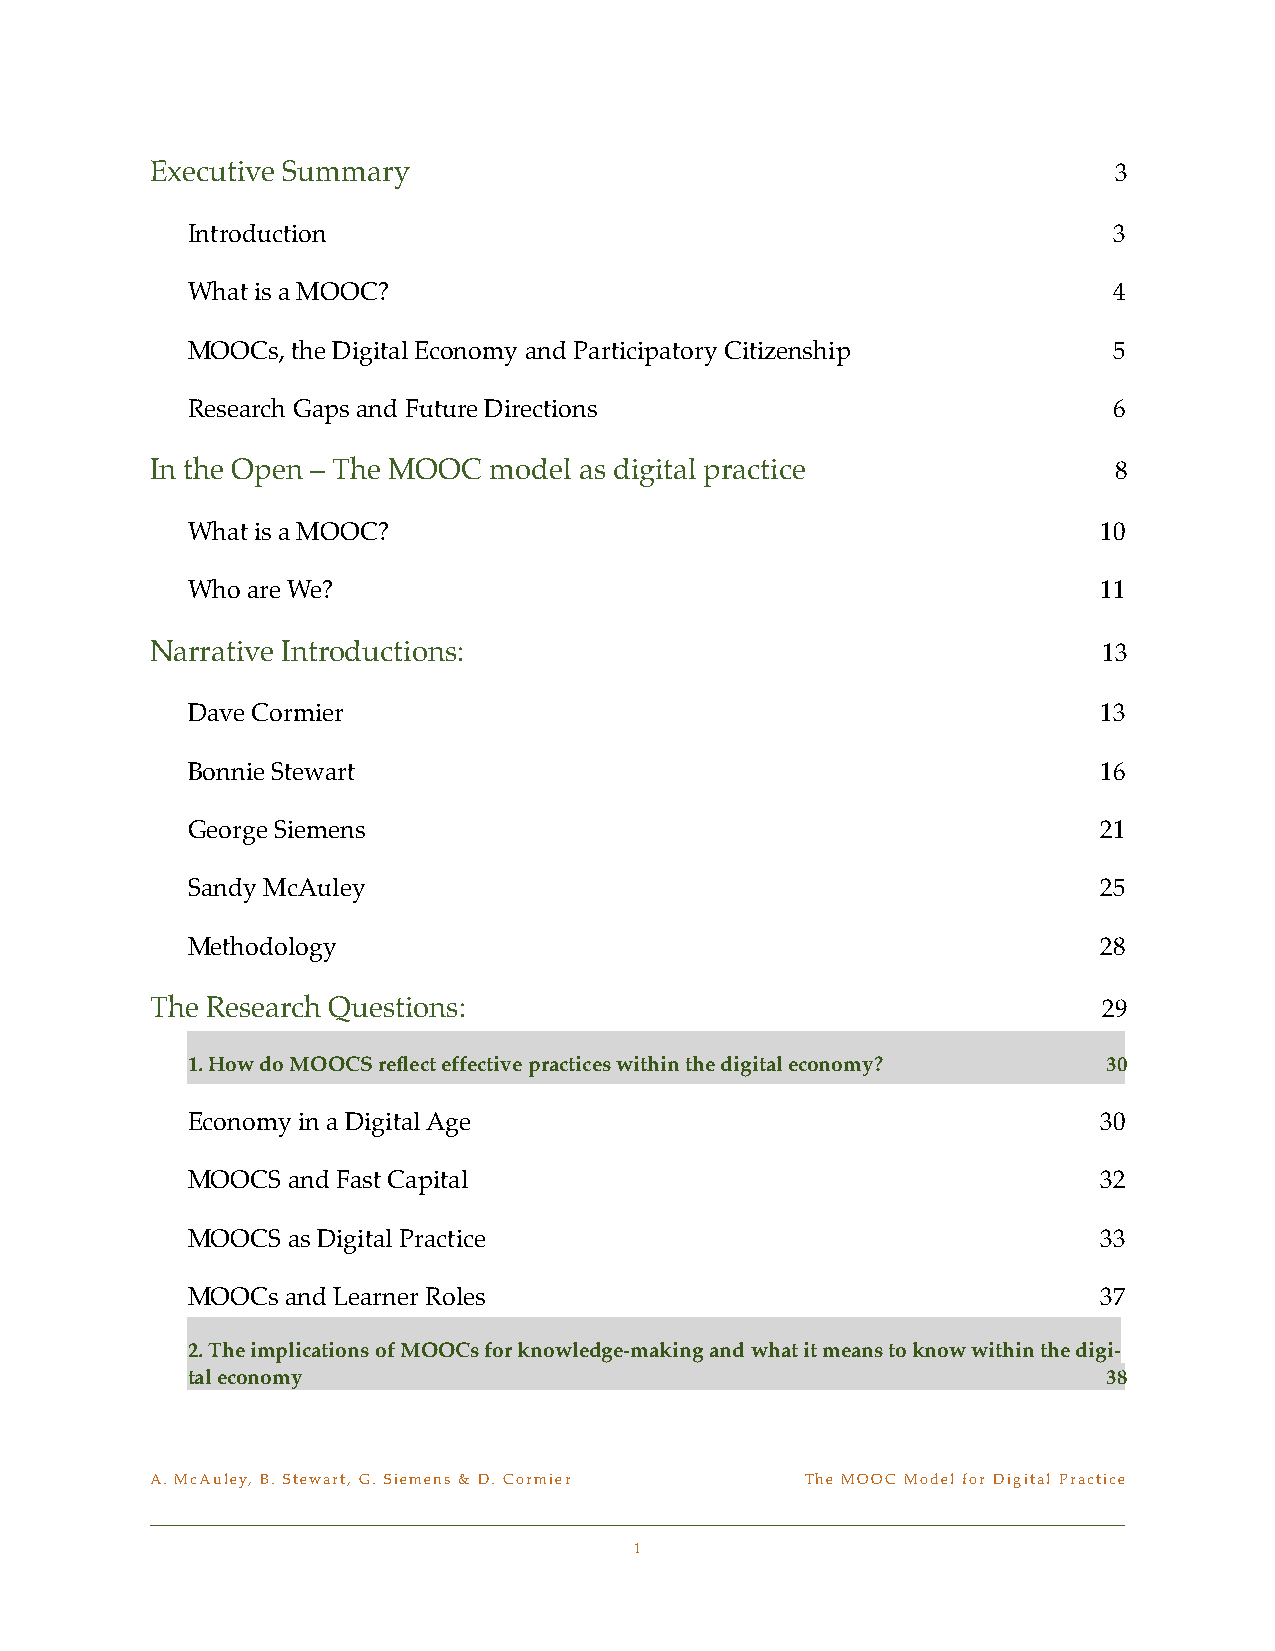
Executive Summary!                                              3
 Introduction!                                                 3
 What is a MOOC?!                                              4
 MOOCs, the Digital Economy and Participatory Citizenship!     5
 Research Gaps and Future Directions!                          6
 In the Open – The MOOC model as digital practice!               8
 What is a MOOC?!                                             10
 Who are We?!                                                 11
 Narrative Introductions:!                                      13
 Dave Cormier!                                                13
 Bonnie Stewart!                                              16
 George Siemens!                                              21
 Sandy McAuley!                                               25
 Methodology!                                                 28
 The Research Questions:!                                       29
 1. How do MOOCS reflect effective practices within the digital economy?! 30
 Economy in a Digital Age!                                    30
 MOOCS  and Fast Capital!                                     32
 MOOCS  as Digital Practice!                                  33
 MOOCs  and Learner Roles!                                    37
 2. The implications of MOOCs for knowledge-making and what it means to know within the digi-
 tal economy!                                                 38
 A. McAuley, B. Stewart, G. Siemens & D. Cormier! The MOOC Model for Digital Practice
 1